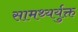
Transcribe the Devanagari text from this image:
सामथ्यर्युक्त